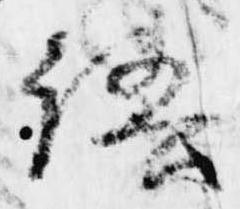
語